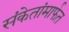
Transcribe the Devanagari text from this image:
संकेतांमार्फत